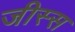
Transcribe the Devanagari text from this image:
जीस्स